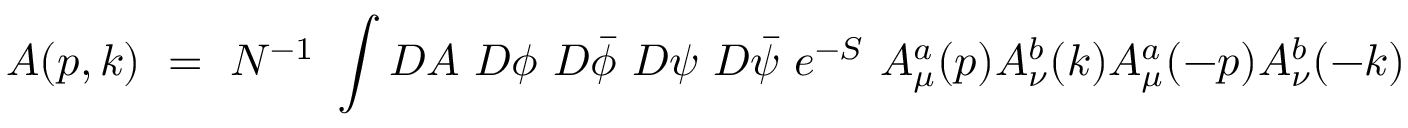
A ( p , k ) ~ = ~ N ^ { - 1 } ~ \int { \cal D } A ~ { \cal D } \phi { } ~ { \cal D } \bar { \phi } ~ { \cal D } \psi { } ~ { \cal D } \bar { \psi } ~ e ^ { - S } ~ A _ { \mu } ^ { a } ( p ) A _ { \nu } ^ { b } ( k ) A _ { \mu } ^ { a } ( - p ) A _ { \nu } ^ { b } ( - k )